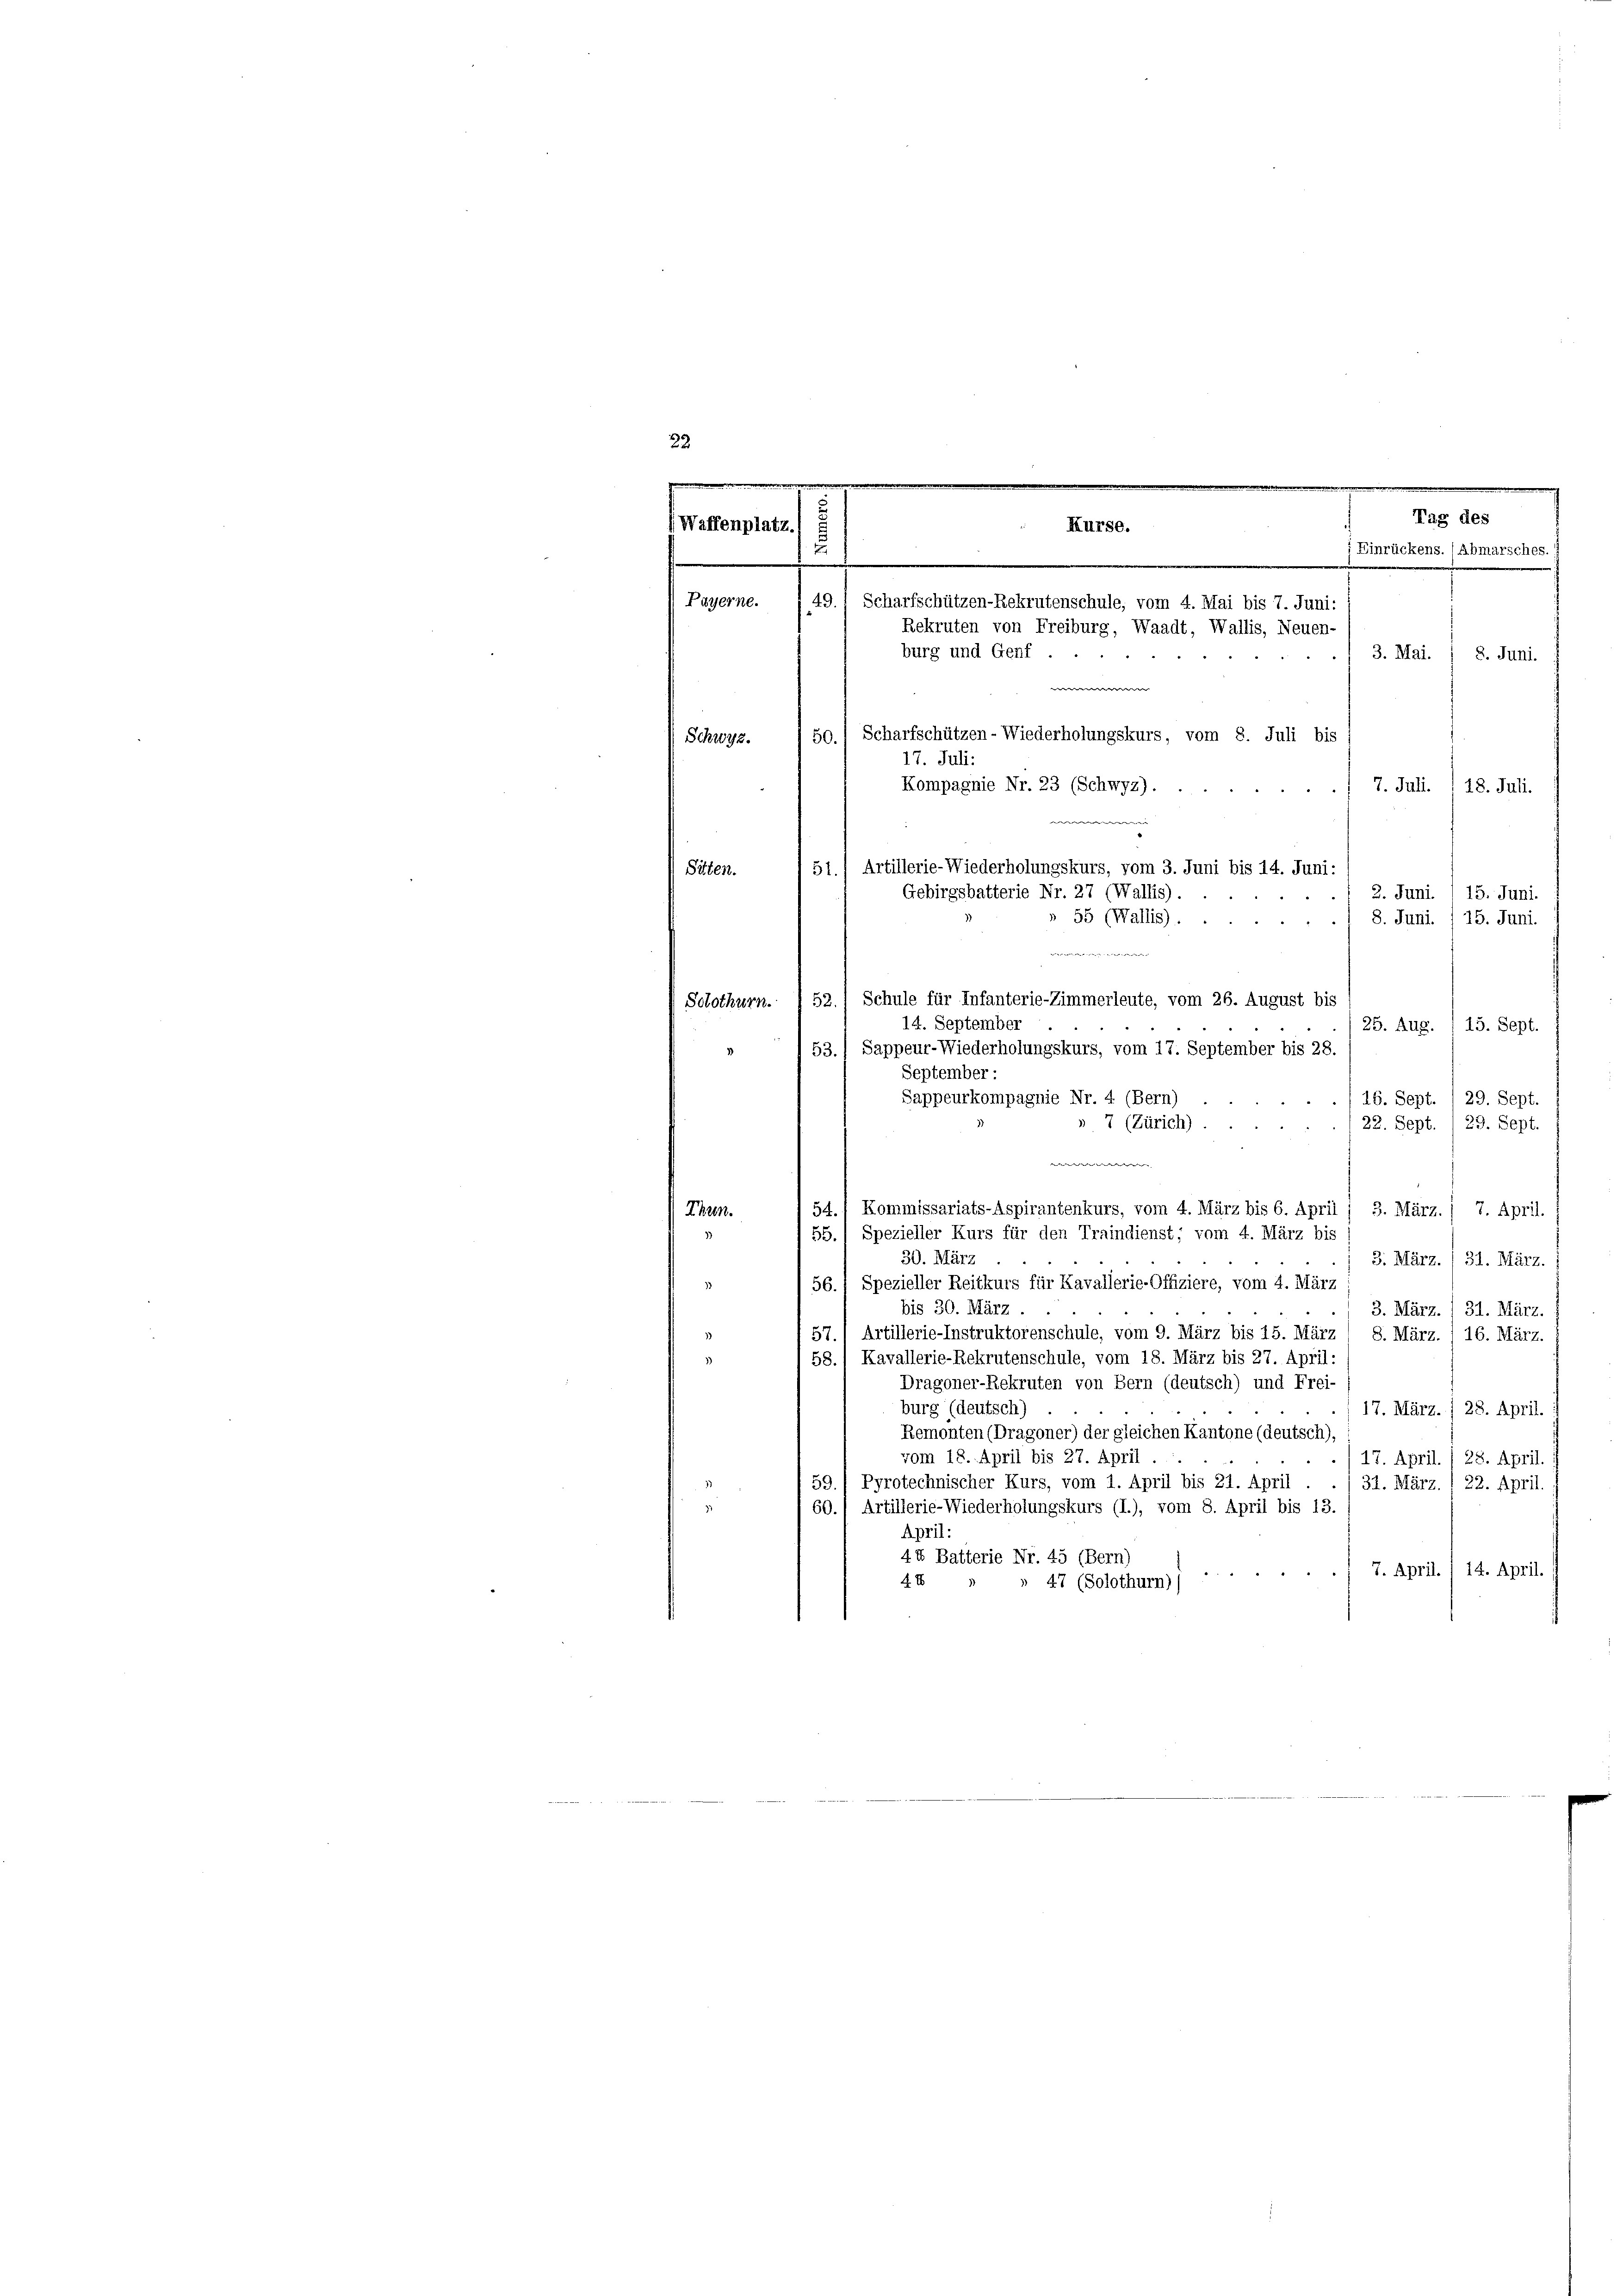
22
g
Waffenplatz.
Payerne.

Solothurn. I 52.) Schule für Infanterie-Zimmerleute, vom 26. August bis
14. September
25. Aug. , 15. Sept.
53.) Sappeur-Wiederholungskurs, vom 17. September bis 28
September :
Sappeurkompagnie Nr. 4 (Bern)
16. Sept.
29. Sept.
» 7 (Zürich).
29. Sept.
22. Sept.
w
54.) Kommissariats-Aspirantenkurs, vom 4. März bis 6. April / 3. März. / 7. April.
 Thun.
55.) Spezieller Kurs für den Traindienst; vom 4. März bis
30. März
3. März. I 31. März.
56.) Spezieller Reitkurs für Kavallerie-Offiziere, vom 4. März
bis 30. März.
3. März. / 31. März.
3)
57.1 Artillerie-Instruktorenschule, vom 9. März bis 15. März
S. März. 16. März.
58.) Kavallerie-Rekrutenschule, vom 18. März bis 27. April:
3
Dragoner-Rekruten von Bern (deutsch) und Frei-
burg (deutsch)
17. März. / 28. April.
Remonten (Dragoner) der gleichen Kantone (deutsch).
vom 18. April bis 27. April
17. April. / 28. April. i
59.) Pyrotechnischer Kurs, vom 1. April bis 21. April . ./ 31. März. I 22. April.
3
60.) Artillerie-Wiederholungskurs (I.), vom 8. April bis 13.
April:
44 Batterie Nr. 45 (Bern)
7. April. / 14. April.
4 x
47 (Solothurn))

.
Tag des
Kurse.
u
; Einrückens. (Abmarsches.
.
49. 1 Scharfschützen-Rekrutenschule, vom 4. Mai bis 7. Juni:
Rekruten von Freiburg, Waadt, Wallis, Neuen-
burg und Genf ...
3. Mai.
8. Juni.
n
50. Scharfschützen-Wiederholungskurs, vom 8. Juli bis
Schwyz.
17. Juli:
Kompagnie Nr. 23 (Schwyz).
7. Juli. 18. Juli.
w
51.) Artillerie-Wiederholungskurs, vom 3. Juni bis 14. Juni:
Sitten.
Gebirgsbatterie Nr. 27 (Wallis).
15. Juni.
2. Juni.
55 (Wallis).
8. Juni. / 15. Juni.
e